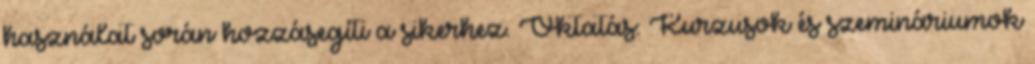
használat során hozzásegíti a sikerhez. Oktatás: Kurzusok és szemináriumok